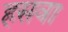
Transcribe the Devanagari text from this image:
हसवा